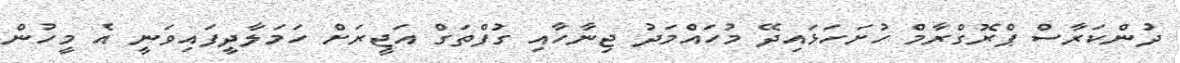
ދުންކަރާސް ޕްރޮގްރާމް ހުށަހަޅައިދޭ މުހައްމަދު ޖިނާހާއި ގުފްތަގް އަޖީރަށް ހަމަލާދީފައިވަނީ އެ މީހުން